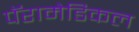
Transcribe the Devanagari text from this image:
पॅरामेडिकल